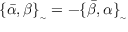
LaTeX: \{ \bar { \alpha } , \beta \} _ { _ { \sim } } = - \{ \bar { \beta } , \alpha \} _ { _ { \sim } }